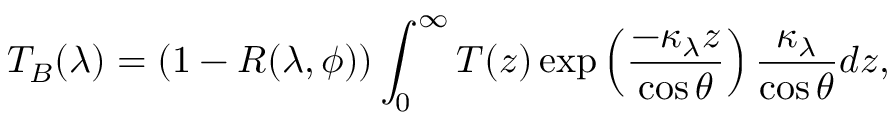
\displaystyle T _ { B } ( \lambda ) = \left( 1 - R ( \lambda , \phi ) \right) \int _ { 0 } ^ { \infty } T ( z ) \exp \left( \frac { - \kappa _ { \lambda } z } { \cos \theta } \right) \frac { \kappa _ { \lambda } } { \cos \theta } d z ,